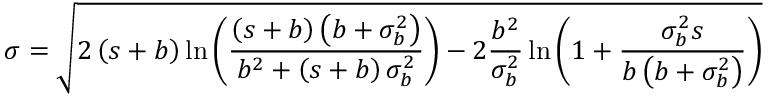
\sigma = \sqrt { 2 \left( s + b \right) \ln { \left( \frac { \left( s + b \right) \left( b + \sigma _ { b } ^ { 2 } \right) } { b ^ { 2 } + \left( s + b \right) \sigma _ { b } ^ { 2 } } \right) } - 2 \frac { b ^ { 2 } } { \sigma _ { b } ^ { 2 } } \ln { \left( 1 + \frac { \sigma _ { b } ^ { 2 } s } { b \left( b + \sigma _ { b } ^ { 2 } \right) } \right) } }